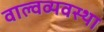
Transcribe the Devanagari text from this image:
वाल्वव्यवस्था